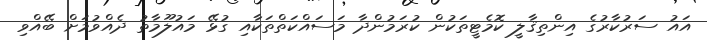
އައު ސަރުކާރުގެ އިންތިޤާލީ ކޮމެޓީތަކުން ކުރަމުންދާ މަސައްކަތްތަކާއި ގުޅޭ މައުލޫމާތު ދެއްވުމަށް ބޭއްވި